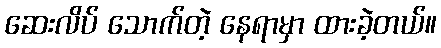
ဆေးလိပ် သောက်တဲ့ နေရာမှာ ထားခဲ့တယ်။